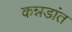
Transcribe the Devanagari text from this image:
कन्नडांत